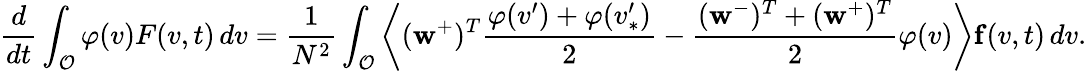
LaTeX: \frac{d}{dt}\int_{\mathcal{O}}\varphi(v)F(v,t)\, dv=\frac{1}{N^{2}}\int_{\mathcal{O}}\left\langle(\mathbf{w}^{+})^{T}\frac{\varphi(v^{\prime})+\varphi(v_{\ast}^{\prime})}{2}-\frac{(\mathbf{w}^{-})^{T}+(\mathbf{w}^{+})^{T}}{2}\varphi(v)\right\rangle\mathbf{f}(v,t)\, dv.